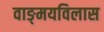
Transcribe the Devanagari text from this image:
वाङ्‌मयविलास